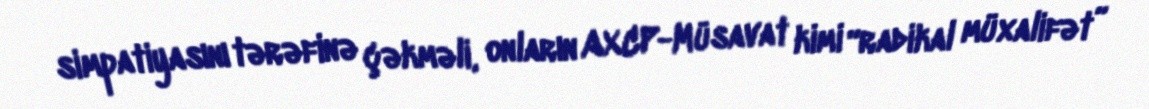
simpatiyasını tərəfinə çəkməli, onların AXCP-Müsavat kimi “radikal müxalifət”